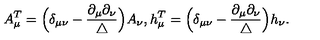
A _ { \mu } ^ { T } = \Big ( \delta _ { \mu \nu } - \frac { \partial _ { \mu } \partial _ { \nu } } { \triangle } \Big ) A _ { \nu } , h _ { \mu } ^ { T } = \Big ( \delta _ { \mu \nu } - \frac { \partial _ { \mu } \partial _ { \nu } } { \triangle } \Big ) h _ { \nu } .